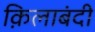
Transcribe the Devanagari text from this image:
क़िलाबंदी